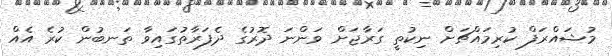
މުޝައްރަފް ކުރިމައްޗަށް ނިކުތީ ގަރާޖަށް ވަންނަ ދޮރުގެ ދެފަރާތުގައިވާ ތަނބުން ކުރެ އެއް